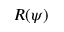
R ( \psi )